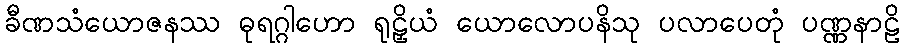
ခီဏသံယောဇနဿ ဓုရဂ္ဂါဟော ရုဠှိယံ ယောလောပနိသု ပလာပေတုံ ပဏ္ဏနာဠိ